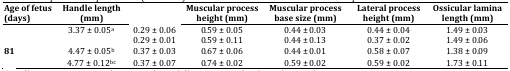
<table><thead><tr><td><b>Age of fetus (days)</b></td><td><b>Handle length (mm)</b></td><td>[EMPTY_CELL]</td><td><b>Muscular process height (mm)</b></td><td><b>Muscular process base size (mm)</b></td><td><b>Lateral process height (mm)</b></td><td><b>Ossicular lamina length (mm)</b></td></tr></thead><tbody><tr><td>[EMPTY_CELL]</td><td>3.37 ± 0.05a</td><td>0.29 ± 0.06</td><td>0.59 ± 0.05</td><td>0.44 ± 0.03</td><td>0.44 ± 0.04</td><td>1.49 ± 0.03</td></tr><tr><td>[EMPTY_CELL]</td><td>[EMPTY_CELL]</td><td>0.29 ± 0.01</td><td>0.59 ± 0.11</td><td>0.44 ± 0.13</td><td>0.37 ± 0.02</td><td>1.49 ± 0.06</td></tr><tr><td><b>81</b></td><td>4.47 ± 0.05b</td><td>0.37 ± 0.03</td><td>0.67 ± 0.06</td><td>0.44 ± 0.01</td><td>0.58 ± 0.07</td><td>1.38 ± 0.09</td></tr><tr><td>[EMPTY_CELL]</td><td>4.77 ± 0.12bc</td><td>0.37 ± 0.07</td><td>0.74 ± 0.02</td><td>0.59 ± 0.02</td><td>0.59 ± 0.02</td><td>1.73 ± 0.11</td></tr></tbody></table>